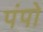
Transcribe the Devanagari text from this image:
पंपो